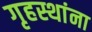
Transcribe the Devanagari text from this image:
गृहस्थांना